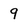
Character: q